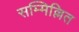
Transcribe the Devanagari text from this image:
सम्मिल्लित